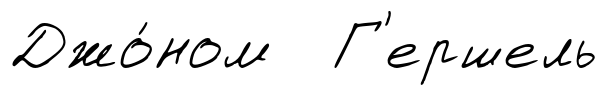
Джо́ном Г'ершель